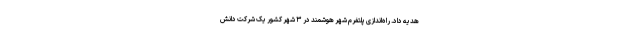
هدیه داد. راه‌اندازی پلتفرم شهر هوشمند در ۳ شهر کشور یک شرکت دانش